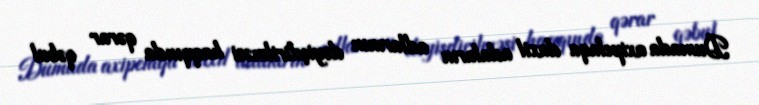
Dumada axipelaqa daxil adaların adlarının dəyişdirilməsi haqqında qərar qəbul